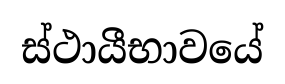
ස්ථායීභාවයේ